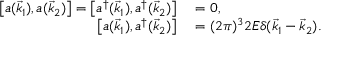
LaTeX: \begin{array} { r l } { \left[ a ( { \vec { k } } _ { 1 } ) , a ( { \vec { k } } _ { 2 } ) \right] = \left[ a ^ { \dagger } ( { \vec { k } } _ { 1 } ) , a ^ { \dagger } ( { \vec { k } } _ { 2 } ) \right] } & { { } = 0 , } \\ { \left[ a ( { \vec { k } } _ { 1 } ) , a ^ { \dagger } ( { \vec { k } } _ { 2 } ) \right] } & { { } = ( 2 \pi ) ^ { 3 } 2 E \delta ( { \vec { k } } _ { 1 } - { \vec { k } } _ { 2 } ) . } \end{array}